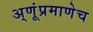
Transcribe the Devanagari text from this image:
अ्णूंप्रमाणेच